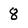
Character: 8